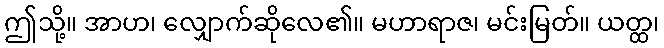
ဤသို့။ အာဟ၊ လျှောက်ဆိုလေ၏။ မဟာရာဇ၊ မင်းမြတ်။ ယတ္ထ၊